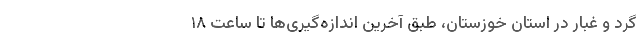
گرد و غبار در استان خوزستان، طبق آخرین اندازه‌گیری‌ها تا ساعت ۱۸